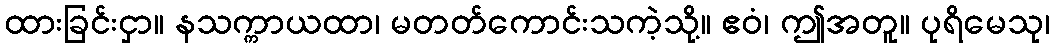
ထားခြင်းငှာ။ နသက္ကာယထာ၊ မတတ်ကောင်းသကဲ့သို့။ ဧဝံ၊ ဤအတူ။ ပုရိမေသု၊